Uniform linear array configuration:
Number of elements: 32
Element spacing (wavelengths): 0.5
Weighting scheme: blackman
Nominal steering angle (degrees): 45
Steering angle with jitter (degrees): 46.59
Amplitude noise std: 0.05
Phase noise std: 0.05

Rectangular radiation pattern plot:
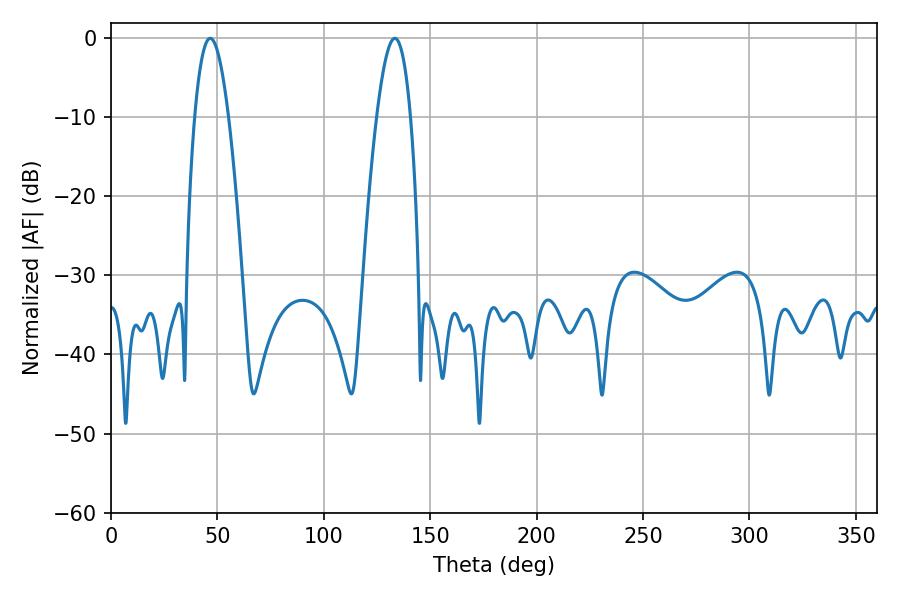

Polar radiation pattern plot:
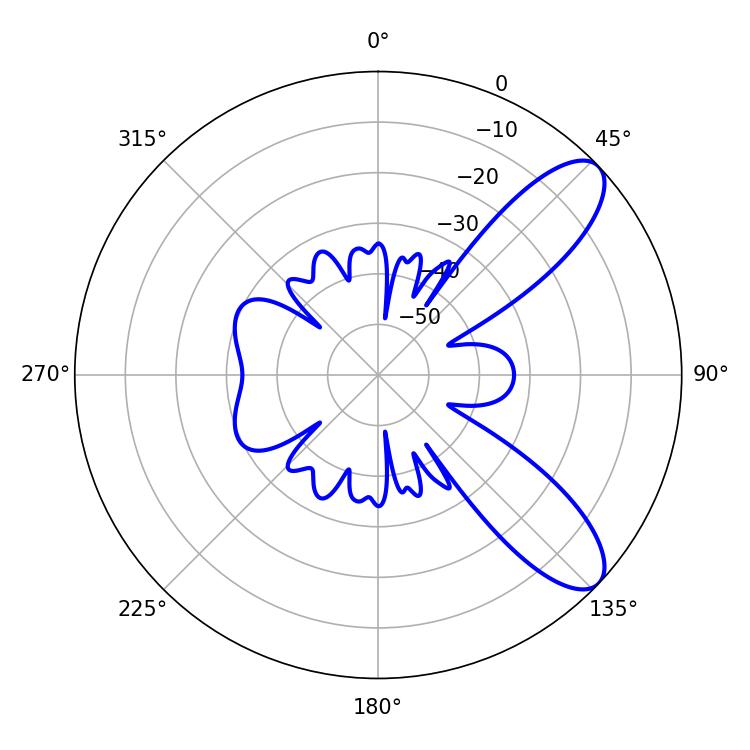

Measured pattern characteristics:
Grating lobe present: FALSE
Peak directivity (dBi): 9.234
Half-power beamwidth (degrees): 8.64
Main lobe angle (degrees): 46.62